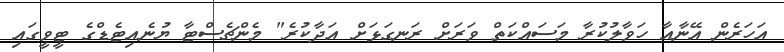
އަހަރެން އޭނާއާ ހަވާލުކުރާ މަސައްކަތް ވަރަށް ރަނގަޅަށް އަދާކުރެ" މެންޗެސްޓާ ޔުނެއިޓެޑްގެ ޓީވީގައި